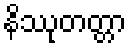
နိဿုတတ္တာ